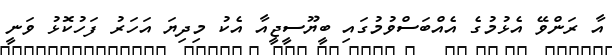
އާ ރަންވޭ އެޅުމުގެ އެއްބަސްވުމުގައި ބީޔޫސީޖީއާ އެކު މިދިޔަ އަހަރު ފަހުކޮޅު ވަނީ